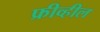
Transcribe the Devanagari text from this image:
फ्रीव्हील